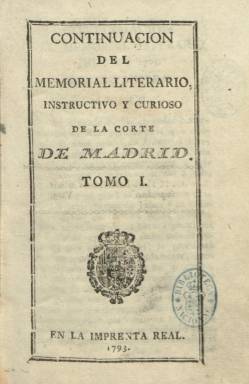
Título: Continuación del Memorial literario instructivo y curioso de la Corte de Madrid
Colección: Cultura
Ámbito geográfico: Madrid
Lugar de publicación: Madrid
Fechas: 01/07/1793-31/12/1797

Se considera la segunda etapa o época del Memorial literario… que habían fundado en 1784 los aragoneses afincados en la corte Joaquín Ezquerra (1750-1820) y Pedro Pablo Trullenc, convirtiéndose en la única publicación periódica que logrará de nuevo permiso para su edición de las suspendidas por Floridablanca por la real orden de 24 de febrero de 1791. Su primera entrega con este título ampliado está secuenciada en julio de 1793, tras el decreto del día tres de este mes que autoriza su salida. Trullenc había fallecido tres años antes, y su artífice en solitario será ahora Ezquerra, como único editor y principal redactor, aunque contará como colaborador asiduo con el santanderino José Calderón de la Barca. Según Inmaculada Urzainqui (1991 y 1992), una de las principales estudiosas de esta cabecera, respecto a su primera época (1784-1791), perderá actualidad y dinamismo, desapareciendo algunas de sus secciones fijas y disminuyendo las críticas teatrales, las reseñas bibliográficas y las noticias culturales, y aumentando, por otro lado, los materiales sacados de otros periódicos españoles y extranjeros, aunque continúa empeñado en la ilustración.

El Memorial literario… sigue siendo estampado en la Imprenta Real, en 8º y compuesto a una columna, dividiendo cada entrega mensual en dos partes (primera y segunda), cada una con un índice de contenidos al final, sumando más de centenar y medio de páginas al mes. Cada tres meses forma un tomo, con foliación continuada. En la introducción que su editor expone en el primer cuaderno de esta nueva serie, se indica que su objetivo no es otro que el de seguir ofreciendo artículos y noticias sobre los progresos de las ciencias, las artes y las letras en España, así como otros curiosos “no del todo faltos de instrucción”.

Entre las materias de sus contenidos se hallan las ciencias naturales, la medicina, la cirugía, la botánica, la física, la química, la agricultura, la legislación y la jurisprudencia, la teología y la literatura, o las enseñanzas regulares, sus planes y métodos en las reales sociedades, academias, seminarios, colegios y estudios y en sus cátedras; así como las secciones de bibliografía (libros nuevos, reimpresos o traducidos) y la de teatros; o noticias sobre nuevas industrias, fábricas y otros inventos, observaciones meteorológicas, actos y premios literarios, extractos de las actas de las reales academia o de discursos, disertaciones y memorias, así como composiciones poéticas.

En esta segunda época, la colección la integran 28 tomos, correspondiendo sus dos últimas entregas al mes de diciembre de 1797, desconociéndose los motivos de su suspensión. De nuevo se publicará entre 1801 y 1808, con el título Memorial literario o Biblioteca periódica de ciencias, literatura y artes, que también forma parte de la colección de la Hemeroteca Digital de la Biblioteca Nacional de España.

Además de los trabajos de Inmaculada Urzainqui y de María José Rodríguez Sánchez de León sobre este título, otras obras que lo analizan son las referidas a la prensa dieciochesca española de Paul J. Guinard (1973), Domergue (1981) y Elisabel Larriba (1998), entre otras.